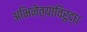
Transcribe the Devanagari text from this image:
अभिनेत्यांविरुद्ध